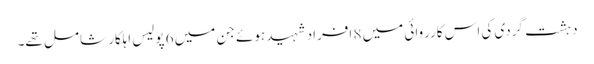
دہشت گردی کی اس کارروائی میں 8 افراد شہید ہوئے جن میں 6 پولیس اہلکار شامل تھے۔